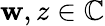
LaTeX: \mathbf{w},z\in\mathbb{{C}}